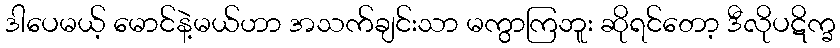
ဒါပေမယ့် မောင်နဲ့မယ်ဟာ အသက်ချင်းသာ မကွာကြဘူး ဆိုရင်တော့ ဒီလိုပဋိက္ခ